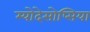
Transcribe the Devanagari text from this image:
म्योदेसोप्सिया